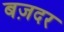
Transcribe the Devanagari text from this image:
बज़दर